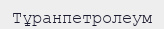
Тұранпетролеум